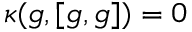
\kappa ( { \mathfrak { g } } , [ { \mathfrak { g } } , { \mathfrak { g } } ] ) = 0